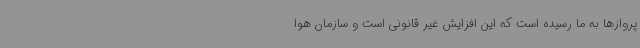
پروازها به ما رسیده است که این افزایش غیر قانونی است و سازمان هوا